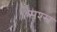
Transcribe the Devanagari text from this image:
सश्स्त्र